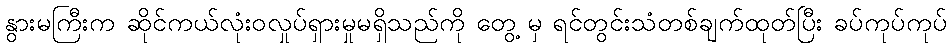
နွားမကြီးက ဆိုင်ကယ်လုံးဝလှုပ်ရှားမှုမရှိသည်ကို တွေ့ မှ ရင်တွင်းသံတစ်ချက်ထုတ်ပြီး ခပ်ကုပ်ကုပ်